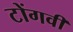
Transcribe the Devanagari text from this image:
टोंगवी